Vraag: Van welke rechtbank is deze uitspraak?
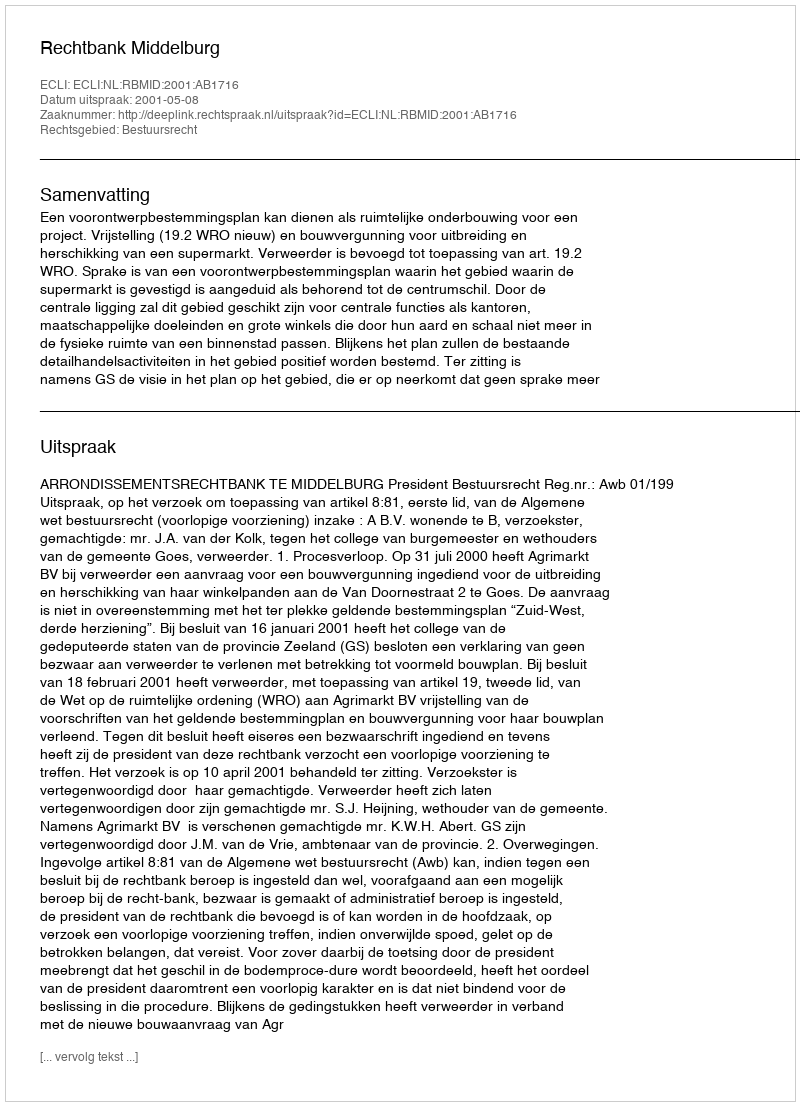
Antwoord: Rechtbank Middelburg